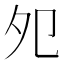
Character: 夗